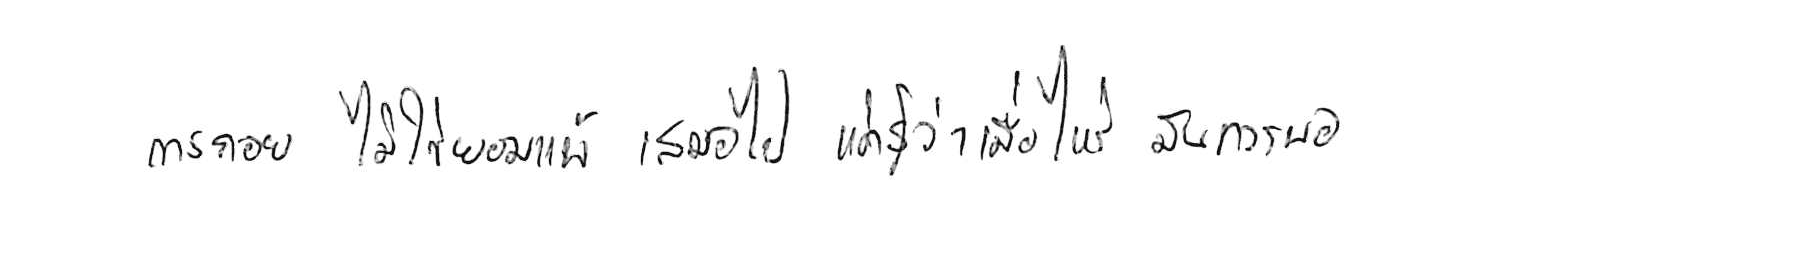
การถอย ไม่ใช่ยอมแพ้ เสมอไป แค่รู้ว่าเมื่อไหร่ มันควรพอ